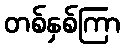
တစ်နှစ်ကြာ